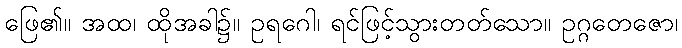
ဖြေ၏။ အထ၊ ထိုအခါ၌။ ဥရဂေါ၊ ရင်ဖြင့်သွားတတ်သော။ ဥဂ္ဂတေဇော၊